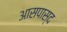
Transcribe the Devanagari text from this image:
आसपास्द